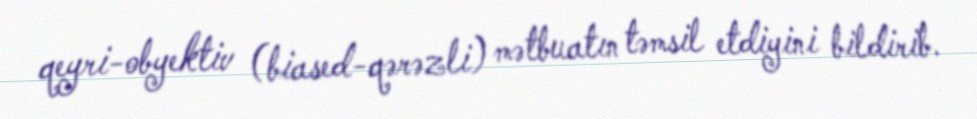
qeyri-obyektiv (biased-qərəzli) mətbuatın təmsil etdiyini bildirib.